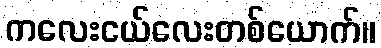
ကလေးငယ်လေးတစ်ယောက်။